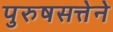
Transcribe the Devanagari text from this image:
पुरुषसत्तेने